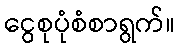
ငွေစုပုံစံစာရွက်။